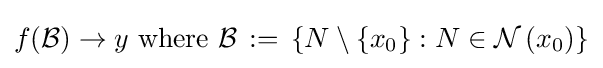
f({\mathcal {B}})\to y{\text{ where }}{\mathcal {B}}\,:=\,\left\{N\setminus \left\{x_{0}\right\}:N\in {\mathcal {N}}\left(x_{0}\right)\right\}